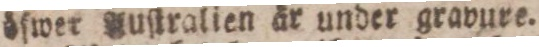
öſwer Auſtralien är under gravure.